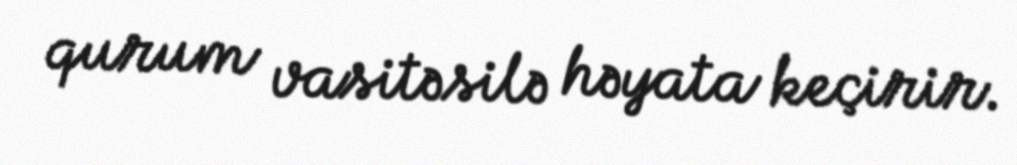
qurum vasitəsilə həyata keçirir.